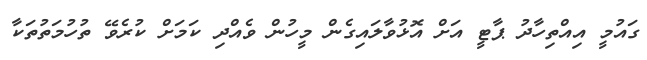
ގައުމީ އިއްތިހާދު ޕާޓީ އަށް އޮޅުވާލައިގެން މީހުން ވެއްދި ކަމަށް ކުރެވޭ ތުހުމަތުތަކާ